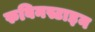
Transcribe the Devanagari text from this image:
रुबिनस्टाइन